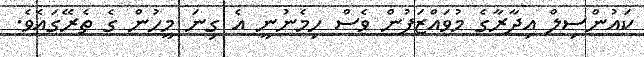
ކައުންސިލް އިދާރާގެ މުވައްޒަފުން ވެސް ހިމެނުނީ އެ ގިނަ މީހުން ގެ ތެރޭގައެވެ.